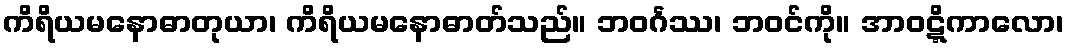
ကိရိယမနောဓာတုယာ၊ ကိရိယမနောဓာတ်သည်။ ဘဝင်္ဂဿ၊ ဘဝင်ကို။ အာဝဋ္ဋိကာလော၊